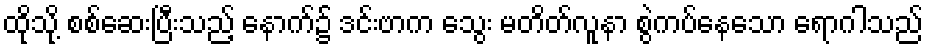
ထိုသို့ စစ်ဆေးပြီးသည့် နောက်၌ ဒင်းဗာက သွေး မတိတ်လူနာ စွဲကပ်နေသော ရောဂါသည်